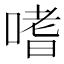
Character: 嗜